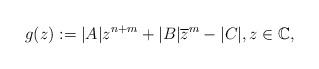
LaTeX: \begin{align*}g(z):= |A|z^{n+m}+|B|\overline{z}^m -|C|, z\in \mathbb{C},\end{align*}